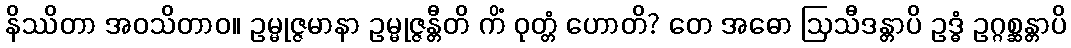
နိဿိတာ အဝသိတာဝ။ ဥမ္မုဇ္ဇမာနာ ဥမ္မုဇ္ဇန္တီတိ ကိံ ဝုတ္တံ ဟောတိ? တေ အဓော ဩသီဒန္တာပိ ဥဒ္ဓံ ဥဂ္ဂစ္ဆန္တာပိ